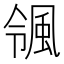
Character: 𮨨